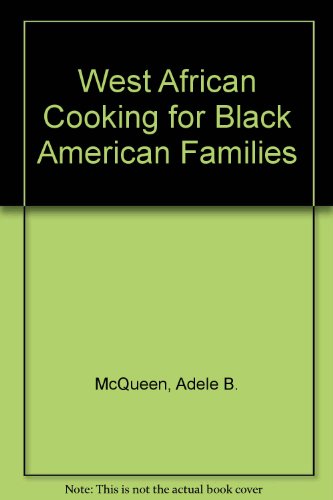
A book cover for West African Cooking for Black American Families; Adele B. McQueen; Cookbooks, Food & Wine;